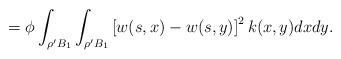
LaTeX: \begin{align*} = \phi\int_{\rho' B_{1}}\int_{\rho' B_{1}}\left[ w(s,x) - w(s,y) \right]^{2}k(x,y)dxdy.\end{align*}